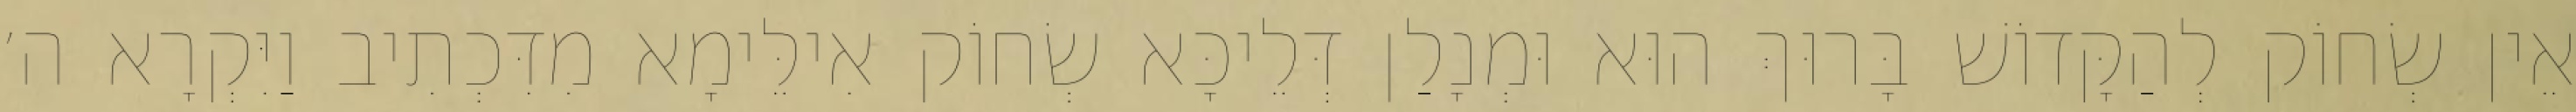
אֵין שְׂחוֹק לְהַקָּדוֹשׁ בָּרוּךְ הוּא וּמְנָלַן דְּלֵיכָּא שְׂחוֹק אִילֵּימָא מִדִּכְתִיב וַיִּקְרָא ה׳